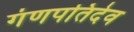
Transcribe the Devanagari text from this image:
गंणपतिदेव